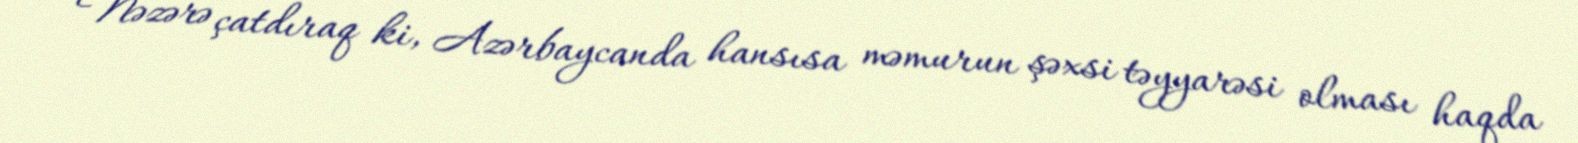
Nəzərə çatdıraq ki, Azərbaycanda hansısa məmurun şəxsi təyyarəsi olması haqda